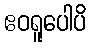
ဧဝရူပေါပိ